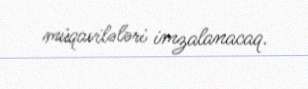
müqavilələri imzalanacaq.